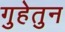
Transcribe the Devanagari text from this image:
गुहेतुन